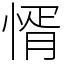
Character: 㥠